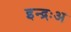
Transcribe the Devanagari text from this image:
इन्द्रःअ